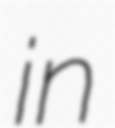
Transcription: in